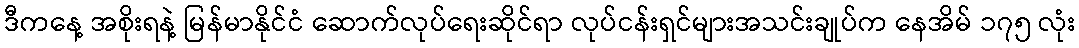
ဒီကနေ့ အစိုးရနဲ့ မြန်မာနိုင်ငံ ဆောက်လုပ်ရေးဆိုင်ရာ လုပ်ငန်းရှင်များအသင်းချုပ်က နေအိမ် ၁၇၅ လုံး